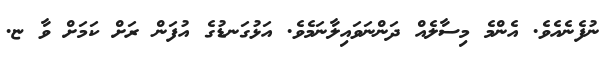
ނުފެނެއެވެ. އެންމެ މިސާލެއް ދަންނަވައިލާނަމެވެ. އަޅުގަނޑުގެ އުފަން ރަށް ކަމަށް ވާ ޏ.